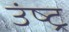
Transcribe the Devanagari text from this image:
उंष्ट्र